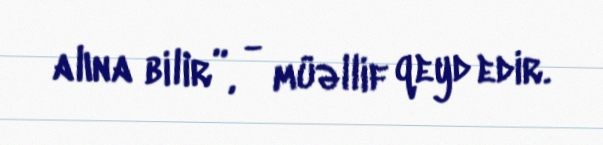
alına bilir”, - müəllif qeyd edir.